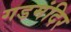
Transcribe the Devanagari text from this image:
गडमंदिर